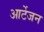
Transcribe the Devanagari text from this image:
आर्टेजन